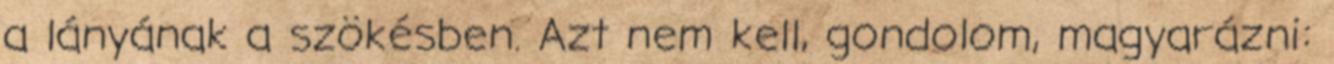
a lányának a szökésben. Azt nem kell, gondolom, magyarázni: